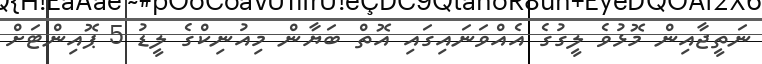
ނަތީޖާއިން މޮޅުވެ ލީގުގެ އެއްވަނައިގައި އޮތް ބަޔާން މިއުނިކްގެ ލީޑު 5 ޕޮއިންޓަށް